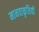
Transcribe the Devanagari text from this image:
मानवाकृतियों